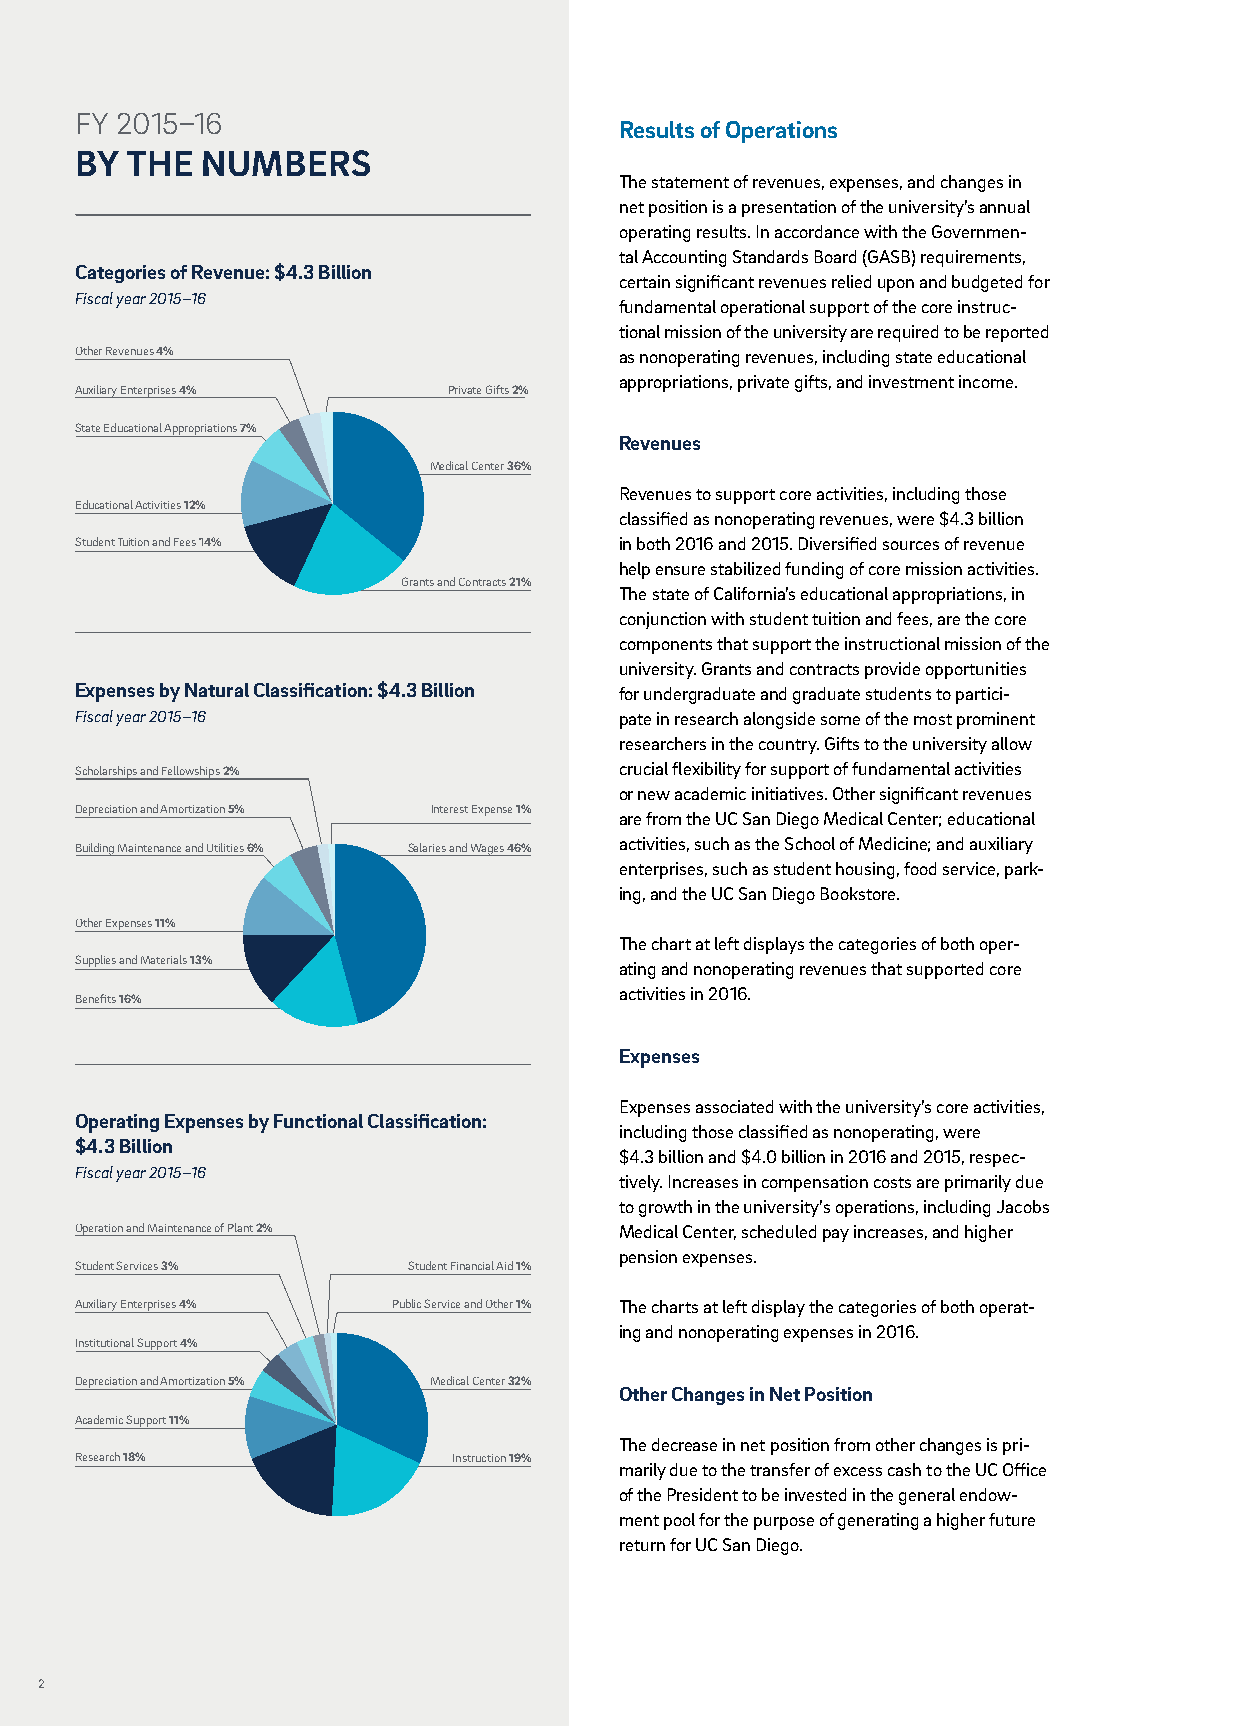
FY 2015–16
 Results of Operations
 BY THE  NUMBERS
 The statement of revenues, expenses, and changes in
 net position is a presentation of the university’s annual
 operating results. In accordance with the Governmen-
 tal Accounting Standards Board (GASB) requirements,
 Categories of Revenue: $4.3 Billion
 certain significant revenues relied upon and budgeted for
 Fiscal year 2015–16
 fundamental operational support of the core instruc-
 tional mission of the university are required to be reported
 Other Revenues 4%                   as nonoperating revenues, including state educational
 appropriations, private gifts, and investment income.
 Auxiliary Enterprises 4% Private Gifts 2%
 State Educational Appropriations 7%
 Revenues
 Medical Center 36%
 Revenues to support core activities, including those
 Educational Activities 12%
 classified as nonoperating revenues, were $4.3 billion
 Student Tuition and Fees 14%        in both 2016 and 2015. Diversified sources of revenue
 help ensure stabilized funding of core mission activities.
 Grants and Contracts 21%
 The state of California’s educational appropriations, in
 conjunction with student tuition and fees, are the core
 components that support the instructional mission of the
 university. Grants and contracts provide opportunities
 Expenses by Natural Classification: $4.3 Billion for undergraduate and graduate students to partici-
 Fiscal year 2015–16                 pate in research alongside some of the most prominent
 researchers in the country. Gifts to the university allow
 Scholarships and Fellowships 2%     crucial flexibility for support of fundamental activities
 or new academic initiatives. Other significant revenues
 Depreciation and Amortization 5% Interest Expense 1%
 are from the UC San Diego Medical Center; educational
 Building Maintenance and Utilities 6% Salaries and Wages 46% activities, such as the School of Medicine; and auxiliary
 enterprises, such as student housing, food service, park-
 ing, and the UC San Diego Bookstore.
 Other Expenses 11%
 The chart at left displays the categories of both oper-
 Supplies and Materials 13%
 ating and nonoperating revenues that supported core
 activities in 2016.
 Benefits 16%
 Expenses
 Expenses associated with the university’s core activities,
 Operating Expenses by Functional Classification:
 including those classified as nonoperating, were
 $4.3 Billion
 $4.3 billion and $4.0 billion in 2016 and 2015, respec-
 Fiscal year 2015–16
 tively. Increases in compensation costs are primarily due
 to growth in the university’s operations, including Jacobs
 Operation and Maintenance of Plant 2% Medical Center, scheduled pay increases, and higher
 pension expenses.
 Student Services 3%   Student Financial Aid 1%
 Auxiliary Enterprises 4% Public Service and Other 1% The charts at left display the categories of both operat-
 ing and nonoperating expenses in 2016.
 Institutional Support 4%
 Depreciation and Amortization 5% Medical Center 32%
 Other Changes in Net Position
 Academic Support 11%
 The decrease in net position from other changes is pri-
 Research 18%             Instruction 19%
 marily due to the transfer of excess cash to the UC Office
 of the President to be invested in the general endow-
 ment pool for the purpose of generating a higher future
 return for UC San Diego.
 2